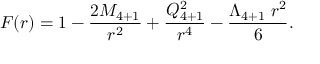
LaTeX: F ( r ) = 1 - { \frac { 2 M _ { 4 + 1 } } { r ^ { 2 } } } + { \frac { Q _ { 4 + 1 } ^ { 2 } } { r ^ { 4 } } } - { \frac { \Lambda _ { 4 + 1 } \; r ^ { 2 } } { 6 } } .